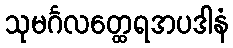
သုမင်္ဂလတ္ထေရအပဒါနံ